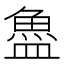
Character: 𬵉